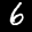
Label: 6